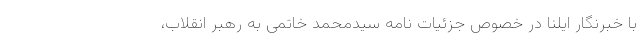
با خبرنگار ایلنا در خصوص جزئیات نامه سیدمحمد خاتمی به رهبر انقلاب،